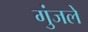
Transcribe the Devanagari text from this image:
गुंजले